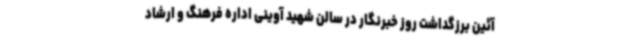
آئین برزگداشت روز خبرنگار در سالن شهید آوینی اداره فرهنگ و ارشاد